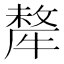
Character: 犛